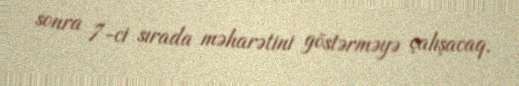
sonra 7-ci sırada məharətini göstərməyə çalışacaq.